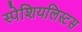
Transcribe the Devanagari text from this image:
स्पेशियलिस्टस